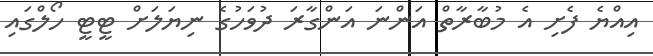
އިއްޔެ ފެށި އެ މުބާރާތް އަންނަ އަންގާރަ ދުވަހުގެ ނިޔަލަށް ޓީޓީ ހޯލްގައި